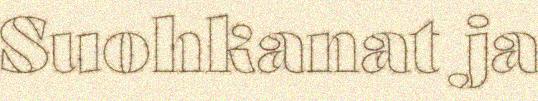
Suohkanat ja